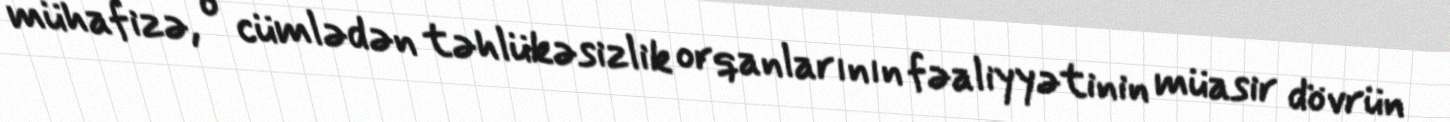
mühafizə, o cümlədən təhlükəsizlik orqanlarının fəaliyyətinin müasir dövrün